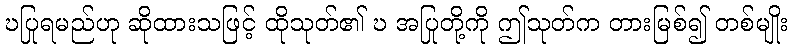
ဎပြုရမည်ဟု ဆိုထားသဖြင့် ထိုသုတ်၏ ဎ အပြုတို့ကို ဤသုတ်က တားမြစ်၍ တစ်မျိုး